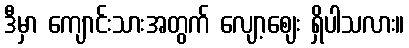
ဒီမှာ ကျောင်းသားအတွက် လျော့ဈေး ရှိပါသလား။